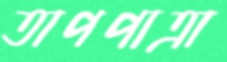
তাপপাত্রা